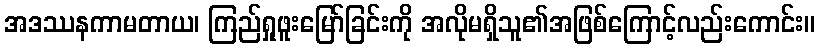
အဒဿနကာမတာယ၊ ကြည်ရှုဖူးမြော်ခြင်းကို အလိုမရှိသူ၏အဖြစ်ကြောင့်လည်းကောင်း။